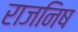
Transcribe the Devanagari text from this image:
राजनिष